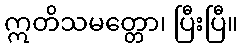
ဣတိသမတ္တော၊ ပြီးပြီ။